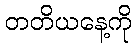
တတိယနေ့ကို